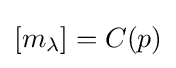
[m_{\lambda }]=C(p)